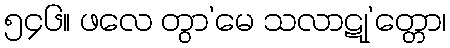
၅၄၆။ ဖလေ တွာ’မေ သလာဋု’တ္တော၊